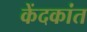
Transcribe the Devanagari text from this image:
केंदकांत